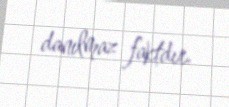
danılmaz faktdır.